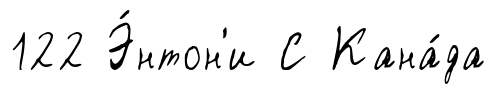
122 Э́нтон'и С Кана́да